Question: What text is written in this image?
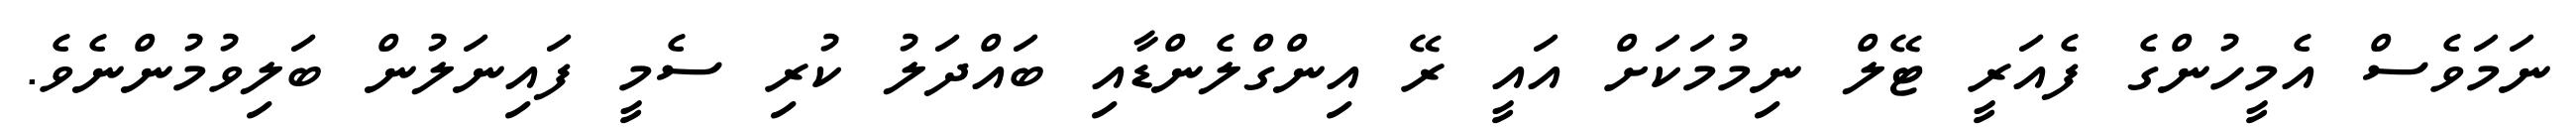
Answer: ނަމަވެސް އެމީހުންގެ ފެއަރީ ޓޭލް ނިމުމަކަށް އައީ ރޭ އިންގްލެންޑާއި ބައްދަލު ކުރި ސެމީ ފައިނަލުން ބަލިވުމުންނެވެ.